Scottish Leaving Certificate Examination, 1956
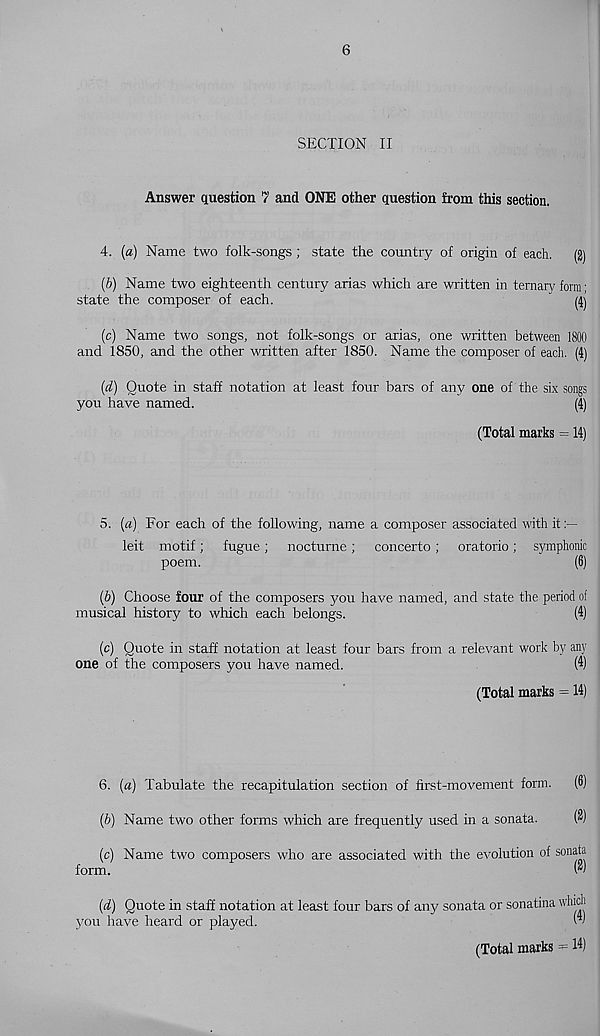
6
SECTION II
Answer question 7 and ONE other question from this section.
4. (a) Name two folk-songs ; state the country of origin of each. (2)
(6) Name two eighteenth century arias which are written in ternary form;
state the composer of each.
' (4)
(c) Name two songs, not folk-songs or arias, one written between 1800
and 1850, and the other written after 1850. Name the composer of each. (4)
(d) Quote in staff notation at least four bars of any one of the six songs
you have named.
(4)
(Total marks = 14)
5. (a) For each of the following, name a composer associated with it
leit motif; fugue; nocturne; concerto; oratorio; symphonic
poem.
(6)
(6) Choose four of the composers you have named, and state the period of
musical history to which each belongs.
(4)
(c) Quote in staff notation at least four bars from a relevant work by any
one of the composers you have named.
(4)
(Total marks = 14)
6. [a) Tabulate the recapitulation section of first-movement form. (6)
(b) Name two other forms which are frequently used in a sonata.
(2)
(c) Name two composers who are associated with the evolution of son^
form.
(*)
(d) Quote in staff notation at least four bars of any sonata or sonatina which
you have heard or played.
W
(Total marks = I 4 )